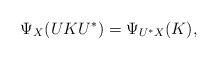
LaTeX: \begin{align*} \Psi_X(U K U^*) = \Psi_{U^*X}(K), \end{align*}